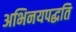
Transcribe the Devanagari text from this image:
अभिनयपद्धति